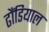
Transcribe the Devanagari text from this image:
ढौंडियाल